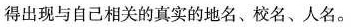
得出现与自己相关的真实的地名、校名、人名。